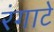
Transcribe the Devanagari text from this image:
रंगाटे